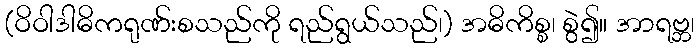
(ဝိဝါဒါဓိကရုဏ်းစသည်ကို ရည်ရွယ်သည်၊) အဓိကိစ္စ၊ စွဲ၍။ အာရဗ္ဘ၊